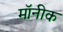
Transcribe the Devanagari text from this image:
मॉनीक